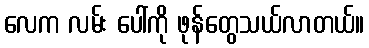
လေက လမ်း ပေါ်ကို ဖုန်တွေသယ်လာတယ်။